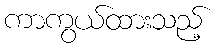
ကာကွယ်ထားသည့်